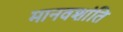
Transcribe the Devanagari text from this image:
मानवशांति